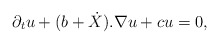
\begin{align*} \partial_{t} u+ (b+ \dot{X} ) . \nabla u+c u=0, \end{align*}